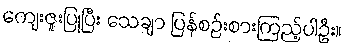
ကျေးဇူးပြုပြီး သေချာ ပြန်စဉ်းစားကြည့်ပါဦး။